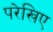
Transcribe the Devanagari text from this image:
परेखिए